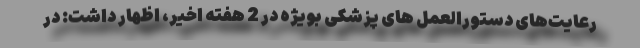
رعایت‌های دستورالعمل های پزشکی بویژه در 2 هفته اخیر، اظهار داشت: در